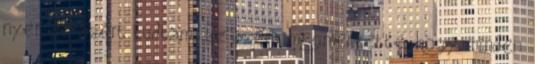
nyer, de azért tudtam: Ez azért megmentette, hogy minden